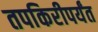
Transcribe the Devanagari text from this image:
तपकिरीपर्यंत